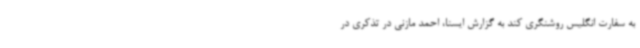
به سفارت انگلیس روشنگری کند به گزارش ایسنا، احمد مازنی در تذکری در